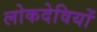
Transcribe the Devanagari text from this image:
लोकदेवियों